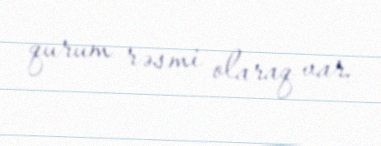
qurum rəsmi olaraq var.